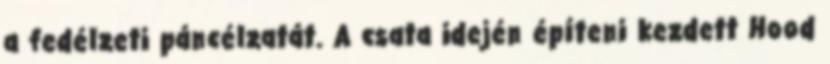
a fedélzeti páncélzatát. A csata idején építeni kezdett Hood